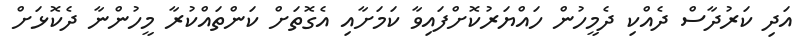
އަދި ކަރުދާސް ދެއްކި ދެމީހުން ހައްޔަރުކޮށްފައިވާ ކަމަށާއި އެގޮތަށް ކަންތައްކުރާ މީހުންނާ ދެކޮޅަށް